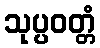
သုပ္ပဝတ္တံ